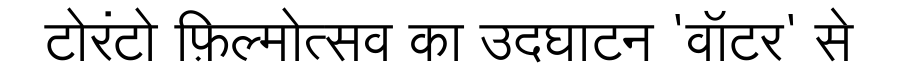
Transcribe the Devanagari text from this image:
टोरंटो फ़िल्मोत्सव का उदघाटन 'वॉटर' से